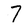
Character: 7